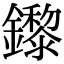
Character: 鑗